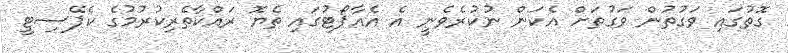
ގޮތުގައި ވަގުތުން ވަގުތަށް އެކަން ނުކުރެވެނީ އެ އެއާޕޯޓުގައި ތެޔޮ ރައްކާތެރިކުރުމުގެ ކެޕޭސިޓީ